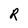
Character: R